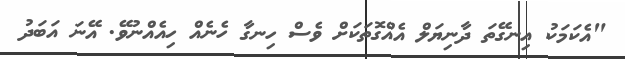
"އެކަމަކު އިނގޭތަ ދާނިޔަލް އެއްގޮތަކަށް ވެސް ހިނގާ ހެނެއް ހިއެއްނުވޭ. އޭނަ އަބަދު